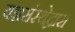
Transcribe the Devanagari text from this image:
यज्ञसंस्थेद्वारा